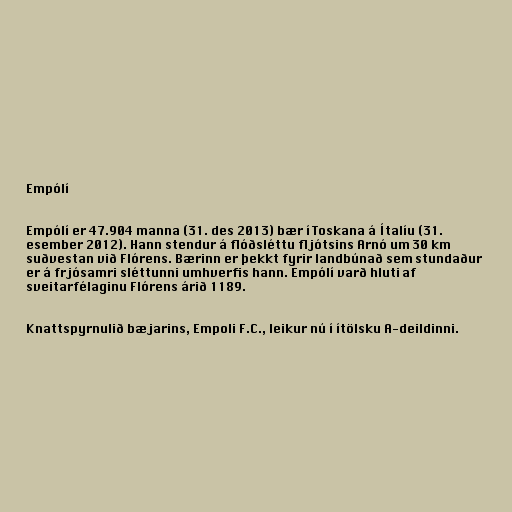
Empólí

Empólí er 47.904 manna (31. des 2013) bær í Toskana á Ítalíu (31.
esember 2012). Hann stendur á flóðsléttu fljótsins Arnó um 30 km
suðvestan við Flórens. Bærinn er þekkt fyrir landbúnað sem stundaður
er á frjósamri sléttunni umhverfis hann. Empólí varð hluti af
sveitarfélaginu Flórens árið 1189.

Knattspyrnulið bæjarins, Empoli F.C., leikur nú í ítölsku A-deildinni.